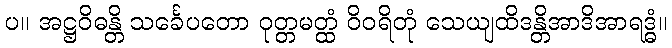
ပ။ အဋ္ဌဝိဓန္တိ သင်္ခေပတော ဝုတ္တမတ္ထံ ဝိဝရိတုံ သေယျထိဒန္တိအာဒိအာရဒ္ဓံ။